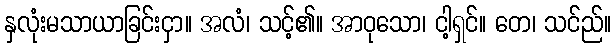
နှလုံးမသာယာခြင်းငှာ။ အလံ၊ သင့်၏။ အာဝုသော၊ ငါ့ရှင်။ တေ၊ သင်ည်။